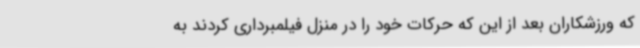
که ورزشکاران بعد از این که حرکات خود را در منزل فیلمبرداری کردند به